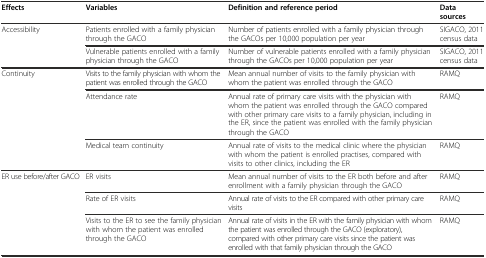
<table><thead><tr><td><b>Effects</b></td><td><b>Variables</b></td><td><b>Definition and reference period</b></td><td><b>Data sources</b></td></tr></thead><tbody><tr><td rowspan="2">Accessibility</td><td>Patients enrolled with a family physician through the GACO</td><td>Number of patients enrolled with a family physician through the GACOs per 10,000 population per year</td><td>SIGACO, 2011 census data</td></tr><tr><td>Vulnerable patients enrolled with a family physician through the GACO</td><td>Number of vulnerable patients enrolled with a family physician through the GACOs per 10,000 population per year</td><td>SIGACO, 2011 census data</td></tr><tr><td rowspan="3">Continuity</td><td>Visits to the family physician with whom the patient was enrolled through the GACO</td><td>Mean annual number of visits to the family physician with whom the patient was enrolled through the GACO</td><td>RAMQ</td></tr><tr><td>Attendance rate</td><td>Annual rate of primary care visits with the physician with whom the patient was enrolled through the GACO compared with other primary care visits to a family physician, including in the ER, since the patient was enrolled with the family physician through the GACO</td><td>RAMQ</td></tr><tr><td>Medical team continuity</td><td>Annual rate of visits to the medical clinic where the physician with whom the patient is enrolled practises, compared with visits to other clinics, including the ER</td><td>RAMQ</td></tr><tr><td rowspan="3">ER use before/after GACO</td><td>ER visits</td><td>Mean annual number of visits to the ER both before and after enrollment with a family physician through the GACO</td><td>RAMQ</td></tr><tr><td>Rate of ER visits</td><td>Annual rate of visits to the ER compared with other primary care visits</td><td>RAMQ</td></tr><tr><td>Visits to the ER to see the family physician with whom the patient was enrolled through the GACO</td><td>Annual rate of visits in the ER with the family physician with whom the patient was enrolled through the GACO (exploratory), compared with other primary care visits since the patient was enrolled with that family physician through the GACO</td><td>RAMQ</td></tr></tbody></table>